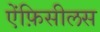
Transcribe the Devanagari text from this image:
ऐंफ़िसीलस